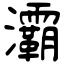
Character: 灞